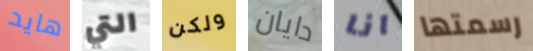
هايد التي ولكن دايان انا رسمتها